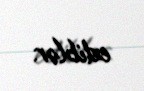
ediblər.